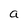
Character: a